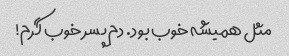
مثل همیشه خوب بود. دم پسر خوب گرم!